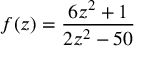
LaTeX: f ( z ) = { \frac { 6 z ^ { 2 } + 1 } { 2 z ^ { 2 } - 5 0 } }